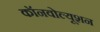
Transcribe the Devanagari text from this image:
कॉनवोल्यूशन